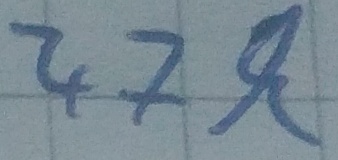
Text: 47k